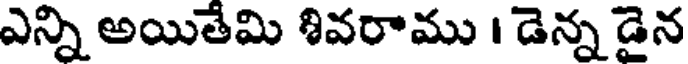
ఎన్ని అయితేమి శివరాము । డెన్న డైన